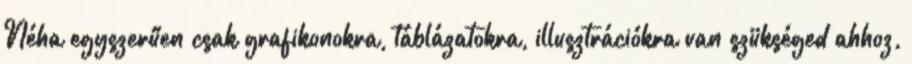
Néha egyszerűen csak grafikonokra, táblázatokra, illusztrációkra van szükséged ahhoz,